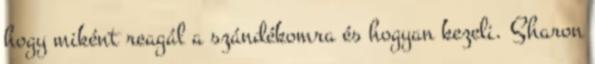
hogy miként reagál a szándékomra és hogyan kezeli. Sharon